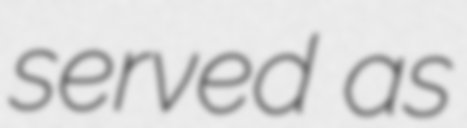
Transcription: served as